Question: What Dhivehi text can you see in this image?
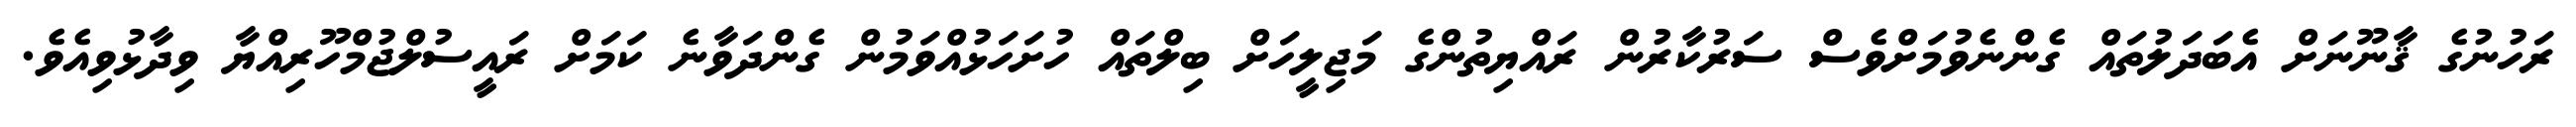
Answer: ރަހުނުގެ ޤާނޫނަށް އެބަދަލުތައް ގެންނެވުމަށްވެސް ސަރުކާރުން ރައްޔިތުންގެ މަޖިލީހަށް ބިލްތައް ހުށަހަޅުއްވަމުން ގެންދަވާނެ ކަމަށް ރައީސުލްޖުމްހޫރިއްޔާ ވިދާޅުވިއެވެ.